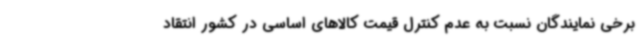
برخی نمایندگان نسبت به عدم کنترل قیمت کالاهای اساسی در کشور انتقاد